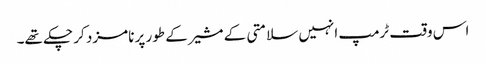
اس وقت ٹرمپ انہیں سلامتی کے مشیر کے طور پر نامزد کر چکے تھے۔